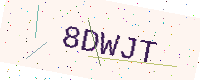
Text: 8DWJT